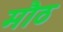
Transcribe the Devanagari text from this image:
मौठ